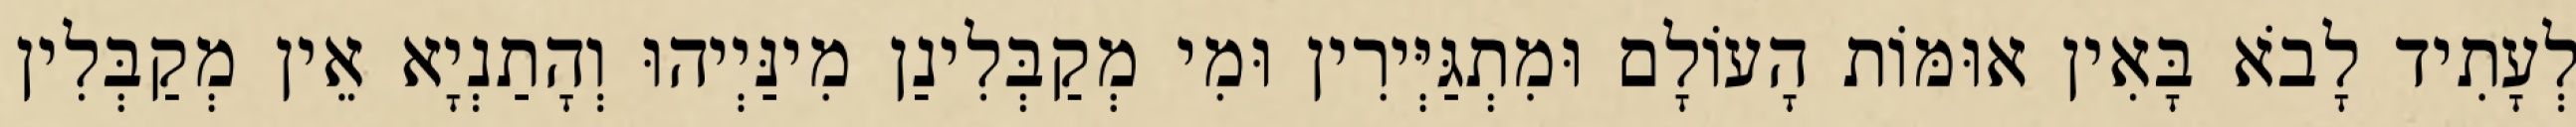
לְעָתִיד לָבֹא בָּאִין אוּמּוֹת הָעוֹלָם וּמִתְגַּיְּירִין וּמִי מְקַבְּלִינַן מִינַּיְיהוּ וְהָתַנְיָא אֵין מְקַבְּלִין